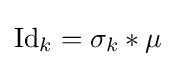
{\text{Id}}_{k}=\sigma _{k}*\mu